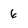
Character: 6